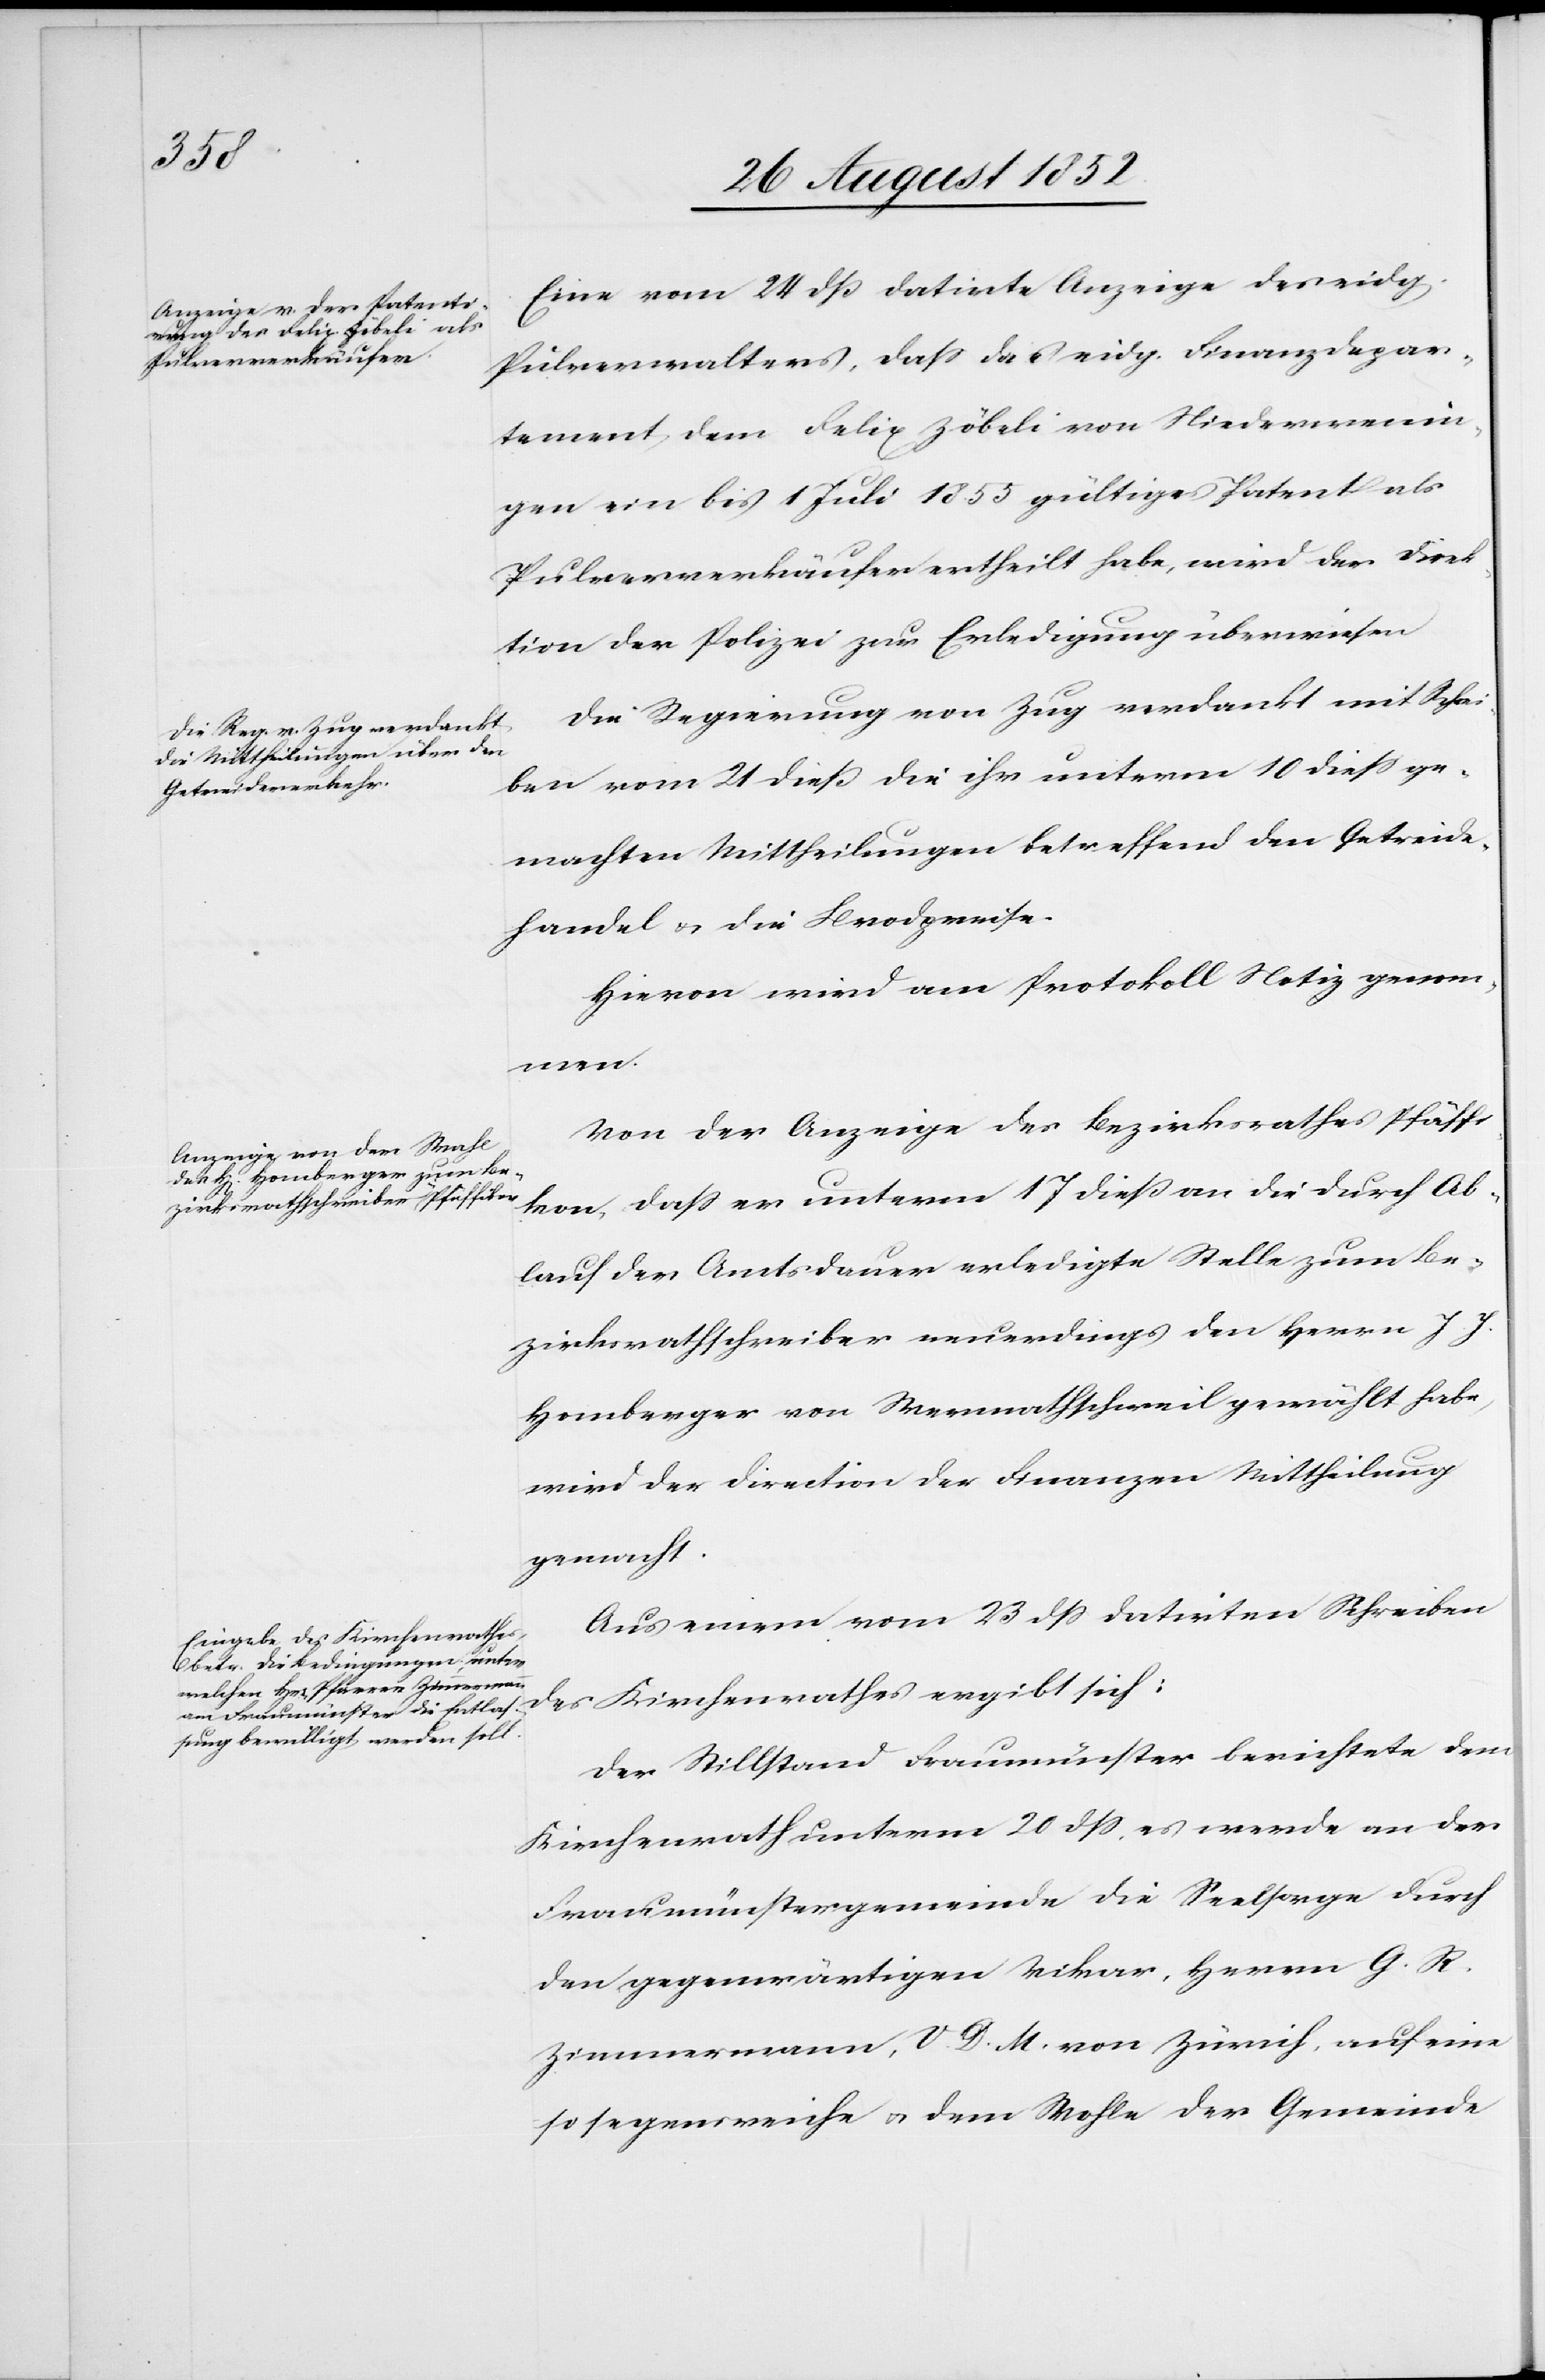
Eine vom 24 dß datirte Anzeige des eidg.
Pulver[ver]walters, dass das eidg. Finanzdepar¬
tement dem Felix Zöbeli von Niederwenin¬
gen ein bis 1 Juli 1855 gültiges Patent als
Pulververkäufer ertheilt habe, wird der Direk¬
tion der Polizei zur Erledigung überwiesen[.]
Die Regierung von Zug verdankt mit Schrei¬
ben vom 21 dieß die ihr unterm 10 diess ge¬
machten Mittheilungen betreffend den Getreide¬
handel & die Brodpreise.
Hievon wird am Protokoll Notiz genom¬
men.
Von der Anzeige des Bezirksrathes Pfäffi¬
kon, dass er unterm 17 dieß an die durch Ab¬
lauf der Amtsdauer erledigte Stelle zum Be¬
zirksrathschreiber neuerdings den Herrn J. J.
Homberger von Wermathschweil gewählt habe,
wird der Direction der Finanzen Mittheilung
gemacht.
Aus einem vom 23 dss datirten Schreiben
des Kirchenrathes ergibt sich:
Der Stillstand Fraumünster berichtete dem
Kirchenrath unterm 20 dss, es werde an der
Fraumünstergemeinde die Seelsorge durch
den gegenwärtigen Vikar, Herrn G. R.
Zimmermann, V. D. M. von Zürich, auf eine
so segensreiche & dem Wohle der Gemeinde